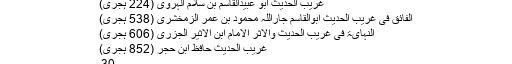
غریب الحدیث ابو عبیدالقاسم بن سلام الہروی (224 ہجری)
الفائق فی غریب الحدیث ابوالقاسم جاراللہ محمود بن عمر الزمخشری (538 ہجری)
النہایۃ فی غریب الحدیث والاثر الامام ابن الاثیر الجزری (606 ہجری)
غریب الحدیث حافظ ابن حجر (852 ہجری)
30۔